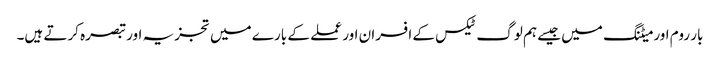
بار روم اور میٹنگ میں جیسے ہم لوگ ٹیکس کے افسران اور عملے کے بارے میں تجزیہ اور تبصرہ کرتے ہیں۔